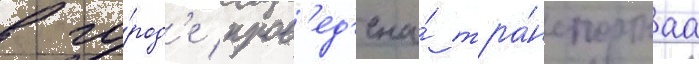
в го́род'е пров'ед'ена́ тра́нспортнаа